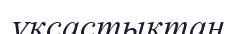
ұқсастыктан